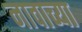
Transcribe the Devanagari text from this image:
नावाच्‍या